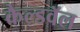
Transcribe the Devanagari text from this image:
कैल्डवॅल